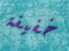
خفيفة